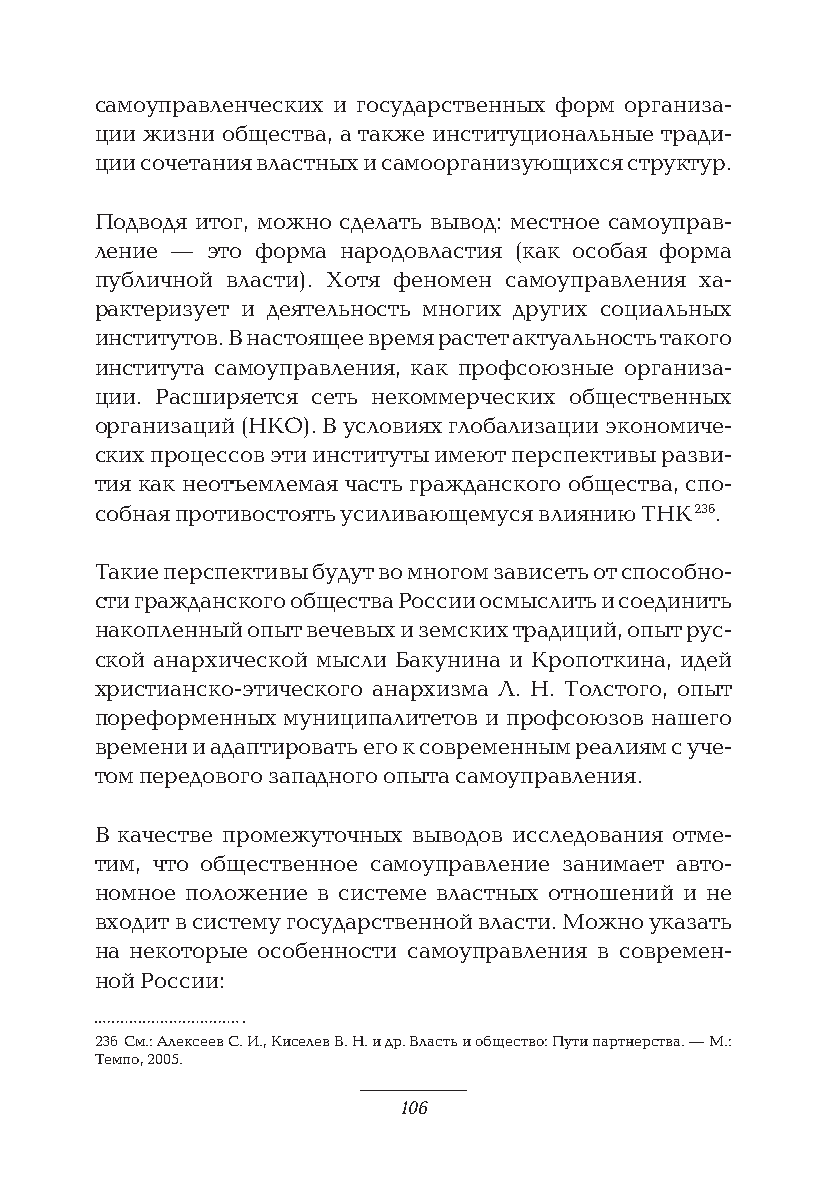
самоуправленческих и государственных форм организа-
 ции жизни общества, а также институциональные тради-
 ции сочетания властных и самоорганизующихся структур.
 Подводя итог, можно сделать вывод: местное самоуправ-
 ление — это форма народовластия (как особая форма
 публичной власти). Хотя феномен самоуправления ха-
 рактеризует и деятельность многих других социальных
 институтов. В настоящее время растет актуальность такого
 института самоуправления, как профсоюзные организа-
 ции. Расширяется сеть некоммерческих общественных
 организаций (НКО). В условиях глобализации экономиче-
 ских процессов эти институты имеют перспективы разви-
 тия как неотъемлемая часть гражданского общества, спо-
 собная противостоять усиливающемуся влиянию ТНК 236.
 Такие перспективы будут во многом зависеть от способно-
 сти гражданского общества России осмыслить и соединить
 накопленный опыт вечевых и земских традиций, опыт рус-
 ской анархической мысли Бакунина и Кропоткина, идей
 христианско-этического анархизма Л. Н. Толстого, опыт
 пореформенных муниципалитетов и профсоюзов нашего
 времени и адаптировать его к современным реалиям с уче-
 том передового западного опыта самоуправления.
 В качестве промежуточных выводов исследования отме-
 тим, что общественное самоуправление занимает авто-
 номное положение в системе властных отношений и не
 входит в систему государственной власти. Можно указать
 на некоторые особенности самоуправления в современ-
 ной России:
 236 См.: Алексеев С. И., Киселев В. Н. и др. Власть и общество: Пути партнерства. — М.:
 Темпо, 2005.
 106